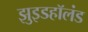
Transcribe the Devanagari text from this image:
झुइडहॉलंड